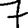
Digit: 7